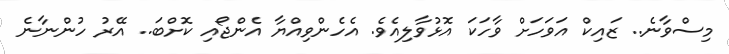
މިސްވާނެ.. ޒައިކް އަވަހަށް ވާހަކަ އޮޅުވާލިއެވެ. އެހެންވިއްޔާ އެންޖޯއި ކޮށްބަ.. އޭރު ހުންނާނެ